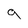
Character: 9